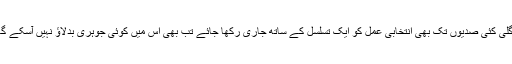
اگلی کئی صدیوں تک بھی انتخابی عمل کو ایک تسلسل کے ساتھ جاری رکھا جائے تب بھی اس میں کوئی جوہری بدلاؤ نہیں آسکے گا۔